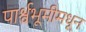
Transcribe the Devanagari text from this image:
पार्श्वभूमीमधून